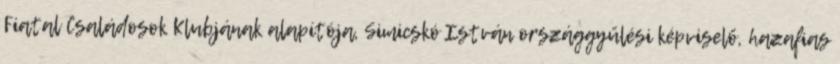
Fiatal Családosok Klubjának alapítója, Simicskó István országgyűlési képviselő, hazafias